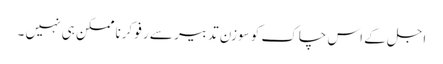
اجل کے اس چاک کو سوزن تدبیر سے رفو کرنا ممکن ہی نہیں ۔